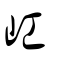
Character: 屸